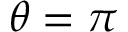
\theta = \pi